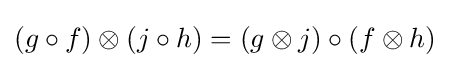
(g\circ f)\otimes (j\circ h)=(g\otimes j)\circ (f\otimes h)